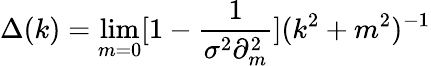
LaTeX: \Delta(k)=\operatorname*{lim}_{m=0}[1-\frac{1}{\sigma^{2}\partial_{m}^{2}}](k^{2}+m^{2})^{-1}